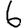
Digit: 6